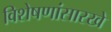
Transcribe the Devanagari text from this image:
विशेषणांसारखे